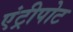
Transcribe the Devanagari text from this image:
एंट्रीपोट